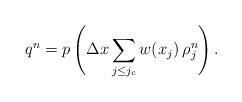
LaTeX: \begin{align*}q^n=p\left(\Delta x\sum_{j\le j_c}w(x_j)\,\rho_j^n\right).\end{align*}